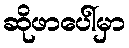
ဆိုဖာပေါ်မှာ